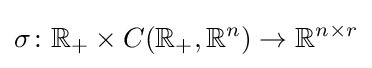
\sigma \colon \mathbb {R} _{+}\times C(\mathbb {R} _{+},\mathbb {R} ^{n})\to \mathbb {R} ^{n\times r}